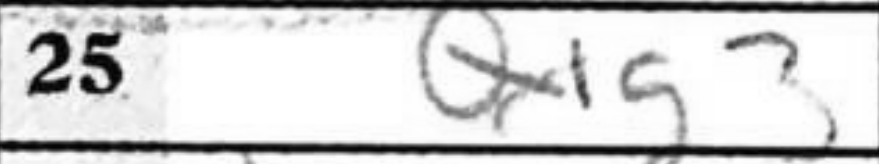
Transcription: Q1g3